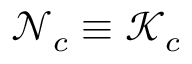
\mathcal { N } _ { c } \equiv \mathcal { K } _ { c }